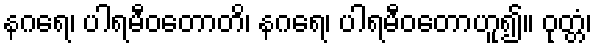
နဂရေ၊ ပါရမီဝတောတိ၊ နဂရေ၊ ပါရမီဝတောဟူ၍။ ဝုတ္တံ၊